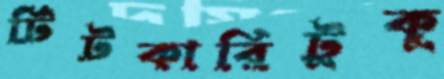
টিটকারিটুকু